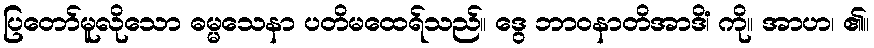
ပြတော်မူလိုသော ဓမ္မသေနာ ပတိမထေရ်သည်။ ဒွေ ဘာဝနာတိအာဒိံ၊ ကို။ အာဟ၊ ၏။